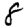
Digit: 8